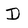
Character: D